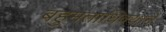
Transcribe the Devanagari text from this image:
बहुमताधिक्याने